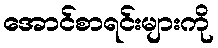
အောင်စာရင်းများကို